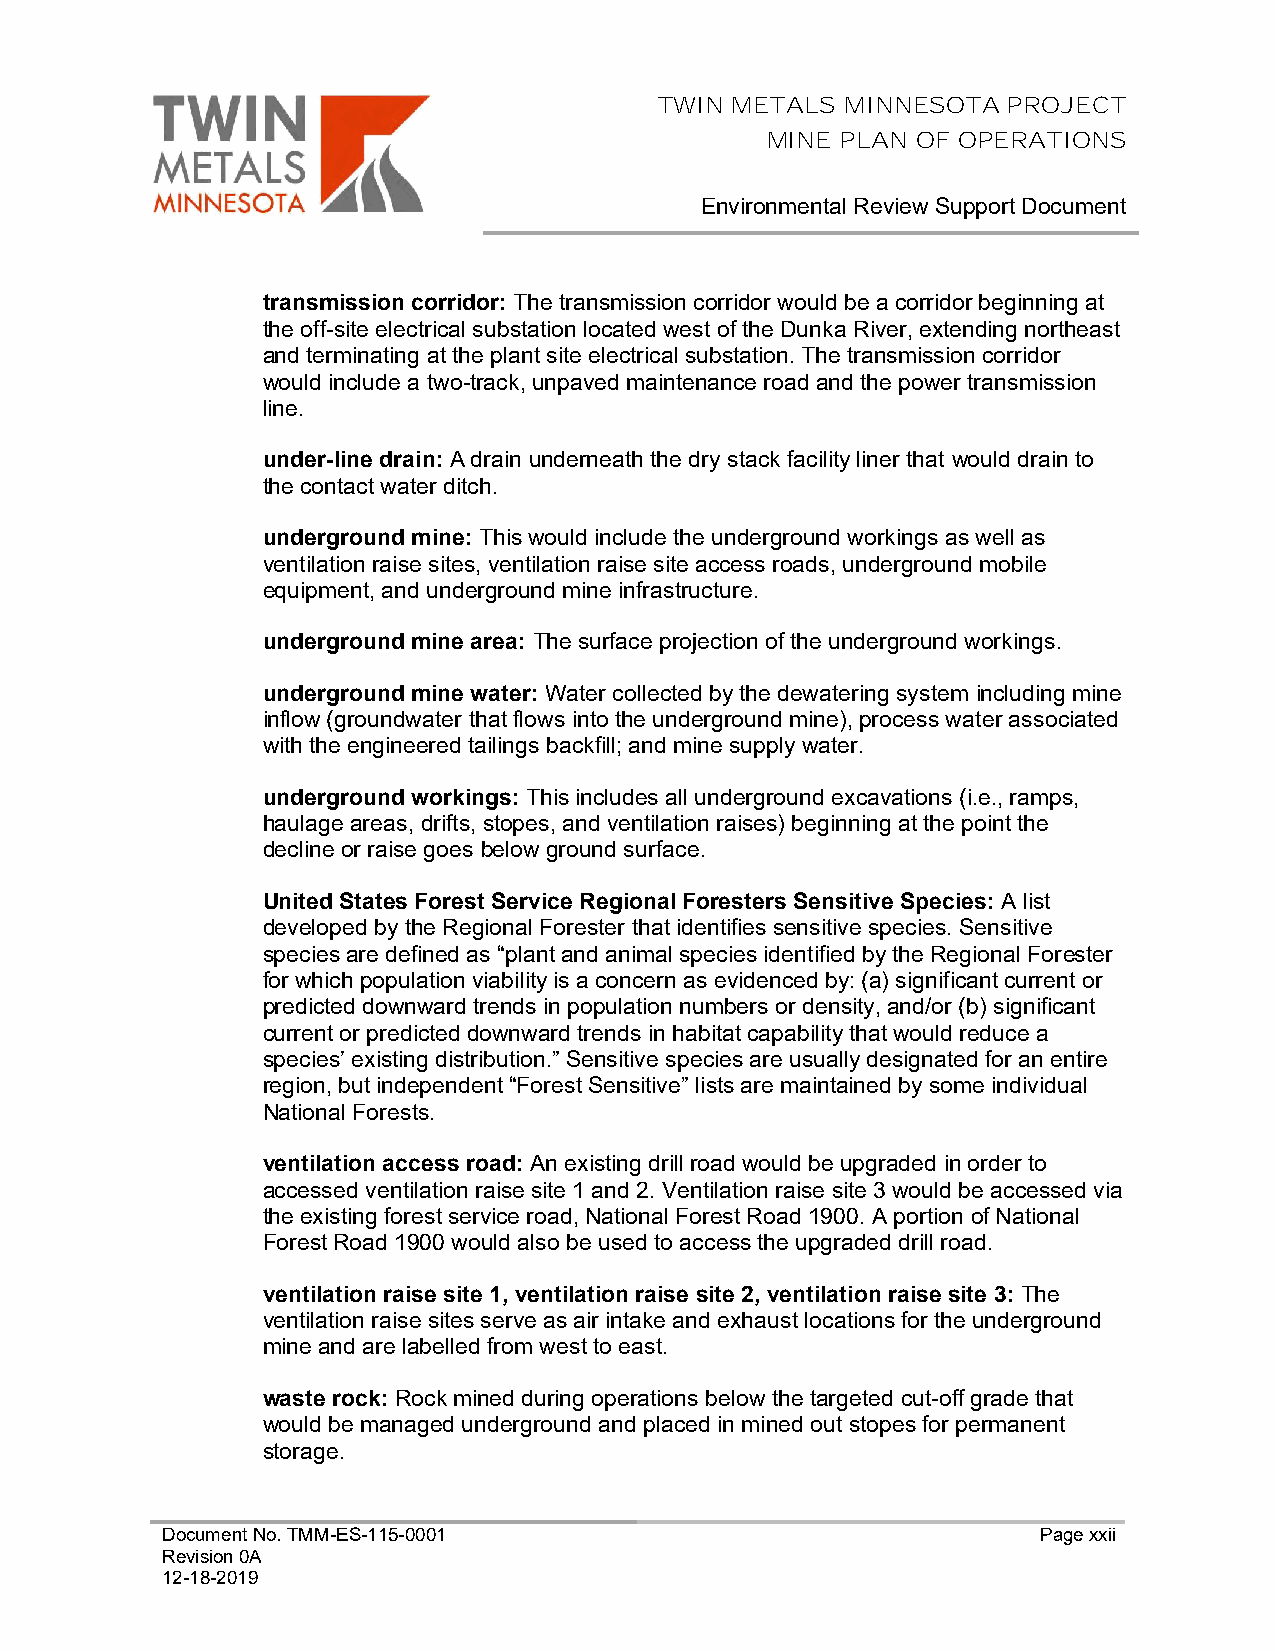
TWIN METALS MINNESOTA  PROJECT
 MINE PLAN OF OPERATIONS
 Environmental Review Support Document
 transmission corridor: The transmission corridor would be a corridor beginning at
 the off-site electrical substation located west of the Dunka River, extending northeast
 and terminating at the plant site electrical substation. The transmission corridor
 would include a two-track, unpaved maintenance road and the power transmission
 line.
 under-line drain: A drain underneath the dry stack facility liner that would drain to
 the contact water ditch.
 underground mine: This would include the underground workings as well as
 ventilation raise sites, ventilation raise site access roads, underground mobile
 equipment, and underground mine infrastructure.
 underground mine area: The surface projection of the underground workings.
 underground mine water: Water collected by the dewatering system including mine
 inflow (groundwater that flows into the underground mine), process water associated
 with the engineered tailings backfill; and mine supply water.
 underground workings: This includes all underground excavations (i.e., ramps,
 haulage areas, drifts, stopes, and ventilation raises) beginning at the point the
 decline or raise goes below ground surface.
 United States Forest Service Regional Foresters Sensitive Species: A list
 developed by the Regional Forester that identifies sensitive species. Sensitive
 species are defined as “plant and animal species identified by the Regional Forester
 for which population viability is a concern as evidenced by: (a) significant current or
 predicted downward trends in population numbers or density, and/or (b) significant
 current or predicted downward trends in habitat capability that would reduce a
 species’ existing distribution.” Sensitive species are usually designated for an entire
 region, but independent “Forest Sensitive” lists are maintained by some individual
 National Forests.
 ventilation access road: An existing drill road would be upgraded in order to
 accessed ventilation raise site 1 and 2. Ventilation raise site 3 would be accessed via
 the existing forest service road, National Forest Road 1900. A portion of National
 Forest Road 1900 would also be used to access the upgraded drill road.
 ventilation raise site 1, ventilation raise site 2, ventilation raise site 3: The
 ventilation raise sites serve as air intake and exhaust locations for the underground
 mine and are labelled from west to east.
 waste rock: Rock mined during operations below the targeted cut-off grade that
 would be managed underground and placed in mined out stopes for permanent
 storage.
 Document No. TMM-ES-115-0001                              Page xxii
 Revision 0A
 12-18-2019